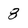
Character: 8